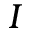
{ \cal I }